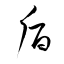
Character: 貭